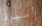
أميرة